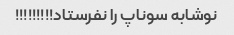
نوشابه سوناپ را نفرستاد!!!!!!!!!